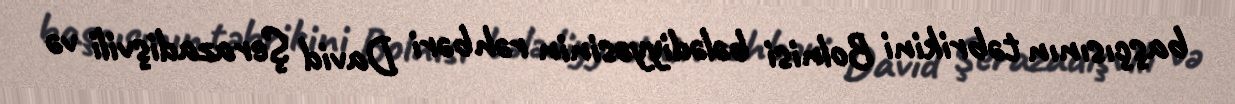
başçısının təbrikini Bolnisi bələdiyyəsinin rəhbəri David Şerazadişvili və